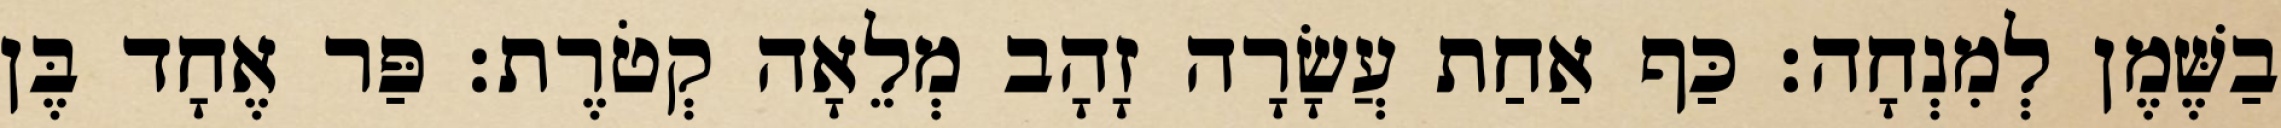
בַשֶּׁמֶן לְמִנְחָה׃ כַּף אַחַת עֲשָׂרָה זָהָב מְלֵאָה קְטֹרֶת׃ פַּר אֶחָד בֶּן